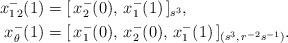
LaTeX: \begin{align*}x_{1\,2}^-(1)&=[\,x_{2}^-(0),\, x_{1}^-(1)\,]_{s^{3}}, \\x_{\theta}^-(1)&=[\,x_1^-(0),\,x_{2}^-(0),\, x_{1}^-(1)\,]_{(s^{3},\,r^{-2}s^{-1})}.\end{align*}